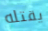
يقتله